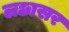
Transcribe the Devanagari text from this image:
लछासर